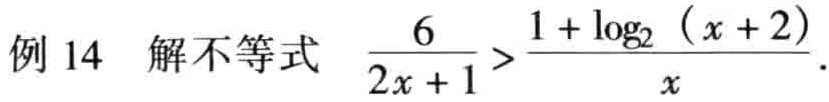
例 14 解不等式 $\frac{6}{2x + 1}>\frac{1+\log_{2}(x + 2)}{x}$.